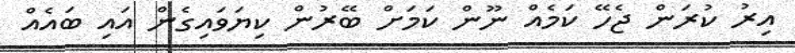
އިރު ކުރަން ޖެހޭ ކަމެއް ނޫން ކަމަށް ބޭރުން ކިޔަވައިގެން އައި ބައެއް